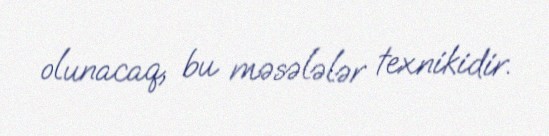
olunacaq, bu məsələlər texnikidir.